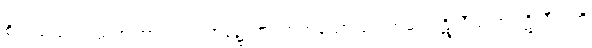
စိတ်သည်။ ရသတဏှာယ၊ ရသာရုံ၌ တပ်တတ်သော တဏှာမှ။ ပဋိလီယတံ ပဋိလီယတိ